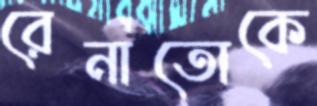
রেনাতোকে